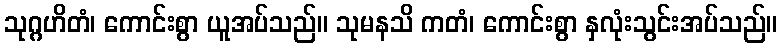
သုဂ္ဂဟိတံ၊ ကောင်းစွာ ယူအပ်သည်။ သုမနသိ ကတံ၊ ကောင်းစွာ နှလုံးသွင်းအပ်သည်။